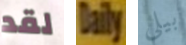
لقد Daily بيلى